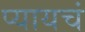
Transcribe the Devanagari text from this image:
प्यायचं